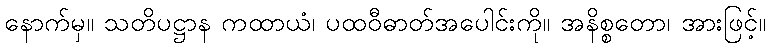
နောက်မှ။ သတိပဋ္ဌာန ကထာယံ၊ ပထဝီဓာတ်အပေါင်းကို။ အနိစ္စတော၊ အားဖြင့်။